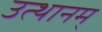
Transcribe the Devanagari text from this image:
उत्थानम्